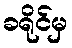
ခရိုင်မှ